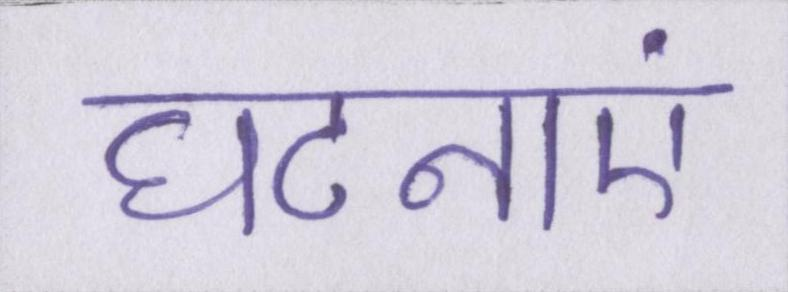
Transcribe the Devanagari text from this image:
घटनाएं